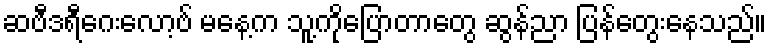
ဆဗီဒရီဂေးလော့ဗ် မနေ့က သူ့ကိုပြောတာတွေ ဆွန်ညာ ပြန်တွေးနေသည်။